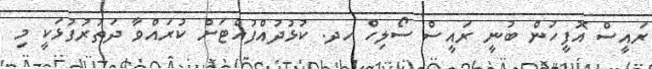
ރައީސް އޮފީހުން ބުނީ ރައީސް ސޯލިހް ހދ. ކުޅުދުއްފުއްޓަށް ކުރައްވާ ދަތުރުފުޅަކީ މި